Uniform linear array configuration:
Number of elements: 32
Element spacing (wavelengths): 1
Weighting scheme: blackman
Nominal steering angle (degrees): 60
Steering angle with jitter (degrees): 60.881
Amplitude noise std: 0.05
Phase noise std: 0.05

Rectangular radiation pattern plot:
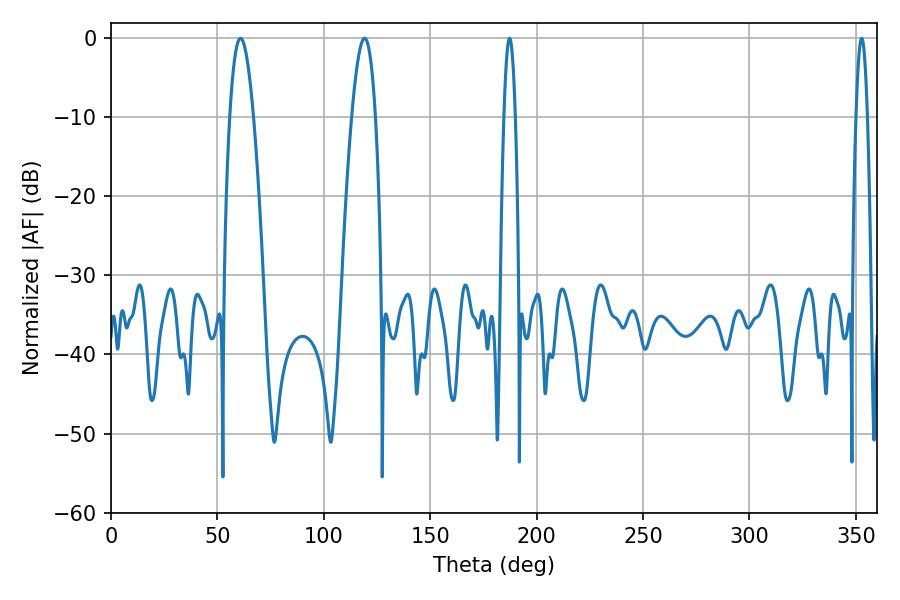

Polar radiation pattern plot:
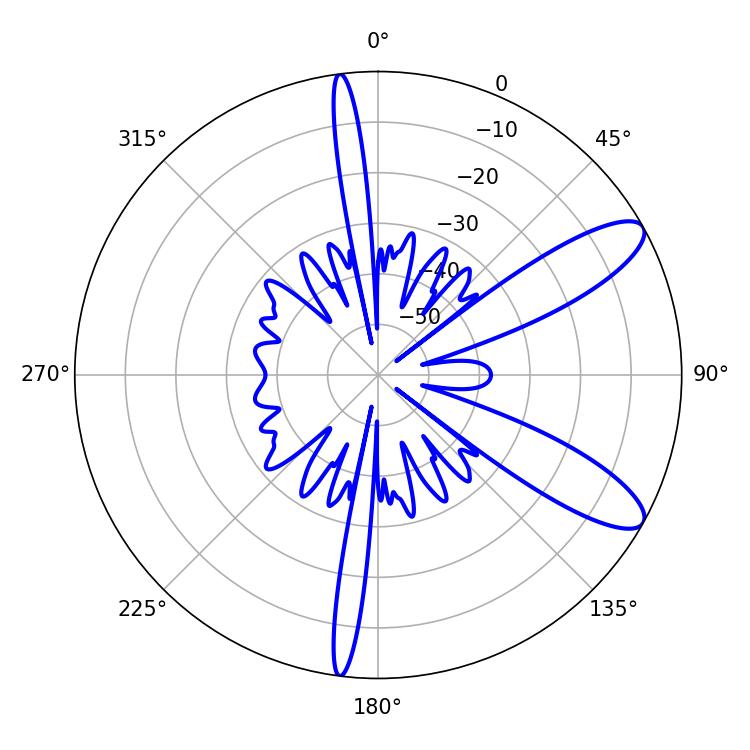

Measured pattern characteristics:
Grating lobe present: TRUE
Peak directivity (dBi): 10.291
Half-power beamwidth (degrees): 6.12
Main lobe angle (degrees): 60.84